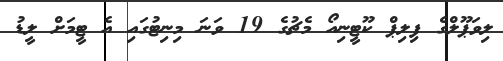
ލިވަޕޫލްގެ ފިލިޕް ކޫޓީނިއޯ މެޗުގެ 19 ވަނަ މިނިޓުގައި އެ ޓީމަށް ލީޑު